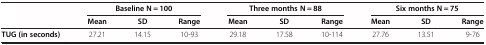
<table><thead><tr><td><b> </b></td><td colspan="3"><b>Baseline N = 100</b></td><td colspan="3"><b>Three months N = 88</b></td><td colspan="3"><b>Six months N = 75</b></td></tr><tr><td><b> </b></td><td><b>Mean</b></td><td><b>SD</b></td><td><b>Range</b></td><td><b>Mean</b></td><td><b>SD</b></td><td><b>Range</b></td><td><b>Mean</b></td><td><b>SD</b></td><td><b>Range</b></td></tr></thead><tbody><tr><td><b>TUG (in seconds)</b></td><td>27.21</td><td>14.15</td><td>10-93</td><td>29.18</td><td>17.58</td><td>10-114</td><td>27.76</td><td>13.51</td><td>9-76</td></tr></tbody></table>